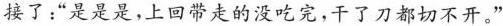
接了:“是是是，上回带走的没吃完，干了刀都切不开。"